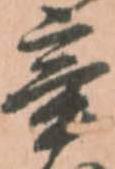
辛